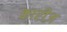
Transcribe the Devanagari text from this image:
कारीज़